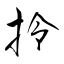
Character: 拎